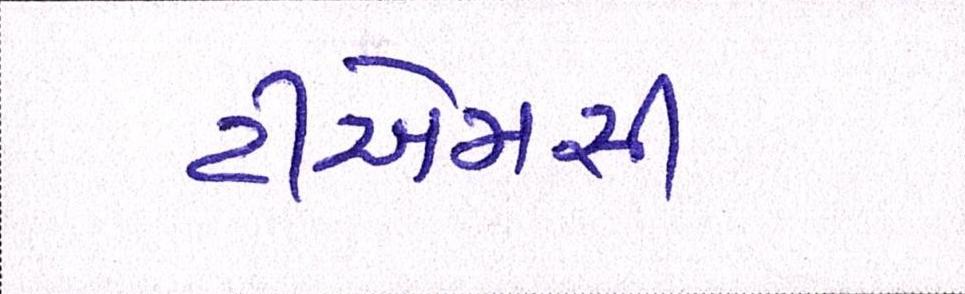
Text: ટીએમસી